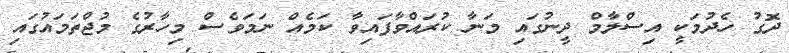
ދޮގު ހެދުމަކީ އިސްލާމް ދީނުގައި މަނާ ކުރައްވާފައިވާ ކަމެއް ނަމަވެސް މިހާރުގެ މުޖްތަމައުގައި